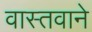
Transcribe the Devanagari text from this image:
वास्तवाने